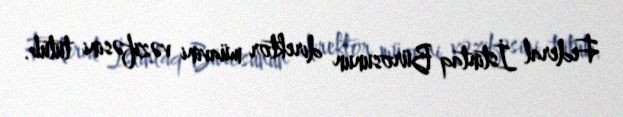
Federal İstintaq Bürosunun direktor müavini vəzifəsini tutub.